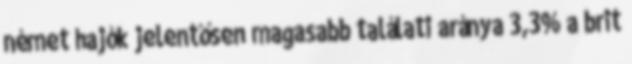
német hajók jelentősen magasabb találati aránya 3,3% a brit